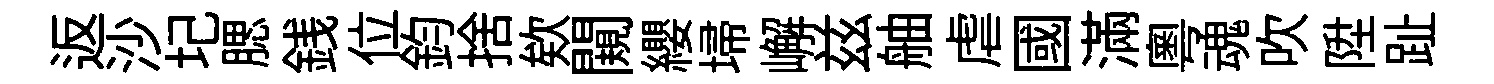
返沙圮腮銭位鈞捨欸闚纓埽嶰兹舳虐國滿粤魂吹陞趾